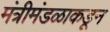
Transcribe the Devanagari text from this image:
मंत्रीमंडळाकडून